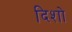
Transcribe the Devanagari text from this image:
दिशो